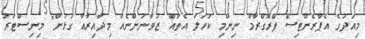
މިއަދުގެ އެޕްރެންޓިސް ޕްރޮގްރާމް ނިންމި ކަހަލަ އެތައް ޒުވާނުންނެއް މިދާއިރާއާ ގުޅުން" މިނިސްޓަރު